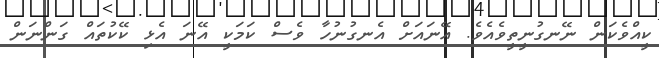
ކީއްވެކަން ނޭނގުނީތީވެއެވެ. އޭނައަށް އެނގުނުހާ ވެސް ކަމަކީ އޭނަ އެޅި ކޭކުތައް ގަންނަން